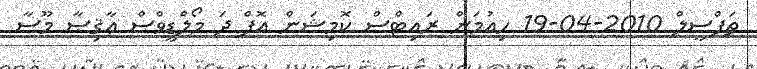
ތަފްސީލް 2010-04-19 ހިއުމަން ރައިޓްސް ކޮމިޝަން އޮފް ދަ މޯލްޑީވްސް ޢާޤިޞާ މޫސާ